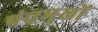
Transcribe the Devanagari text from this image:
पंचमुखों